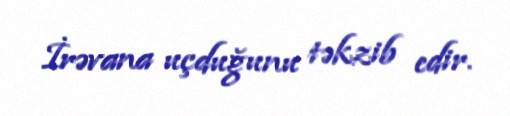
İrəvana uçduğunu təkzib edir.